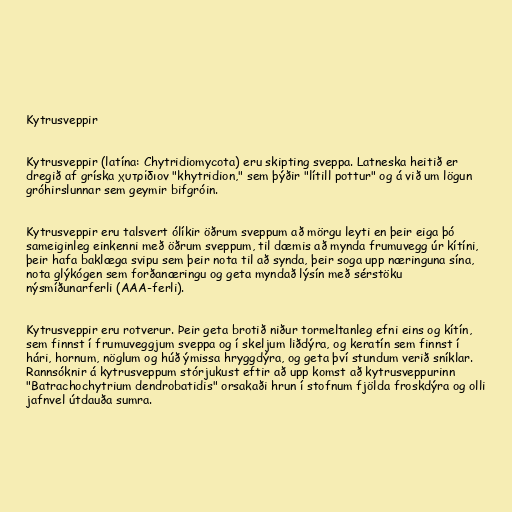
Kytrusveppir

Kytrusveppir (latína: Chytridiomycota) eru skipting sveppa. Latneska heitið er
dregið af gríska χυτρίδιον "khytridion," sem þýðir "lítill pottur" og á við um lögun
gróhirslunnar sem geymir bifgróin.

Kytrusveppir eru talsvert ólíkir öðrum sveppum að mörgu leyti en þeir eiga þó
sameiginleg einkenni með öðrum sveppum, til dæmis að mynda frumuvegg úr kítíni,
þeir hafa baklæga svipu sem þeir nota til að synda, þeir soga upp næringuna sína,
nota glýkógen sem forðanæringu og geta myndað lýsín með sérstöku
nýsmíðunarferli (AAA-ferli).

Kytrusveppir eru rotverur. Þeir geta brotið niður tormeltanleg efni eins og kítín,
sem finnst í frumuveggjum sveppa og í skeljum liðdýra, og keratín sem finnst í
hári, hornum, nöglum og húð ýmissa hryggdýra, og geta því stundum verið sníklar.
Rannsóknir á kytrusveppum stórjukust eftir að upp komst að kytrusveppurinn
"Batrachochytrium dendrobatidis" orsakaði hrun í stofnum fjölda froskdýra og olli
jafnvel útdauða sumra.